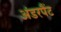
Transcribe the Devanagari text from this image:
अंडरपैंट